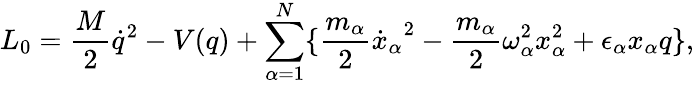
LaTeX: L_{0}=\frac{M}{2}{\dot{q}}^{2}-V(q)+\sum_{\alpha=1}^{N}\{ \frac{m_{\alpha}}{2}{\dot{x}_{\alpha}}^{2}-\frac{m_{\alpha}}{2}\omega_{\alpha}^{2}x_{\alpha}^{2}+{\epsilon}_{\alpha}x_{\alpha}q\} ,